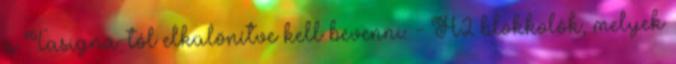
a Tasigna-tól elkülönítve kell bevenni: - H2 blokkolók, melyek